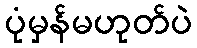
ပုံမှန်မဟုတ်ပဲ